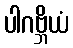
ပါဂဗ္ဘိယံ